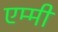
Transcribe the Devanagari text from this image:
एम्‍मी